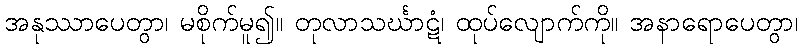
အနုဿာပေတွာ၊ မစိုက်မူ၍။ တုလာသင်္ဃာဋံ၊ ထုပ်လျောက်ကို။ အနာရောပေတွာ၊